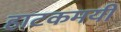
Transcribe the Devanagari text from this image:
हाटकमयी